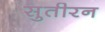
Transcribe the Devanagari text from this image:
सुतीरन